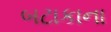
બટાકાના